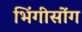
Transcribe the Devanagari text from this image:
भिंगीसोंग